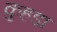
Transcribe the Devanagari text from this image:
कुहडा